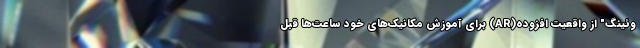
وئینگ" از واقعیت افزوده(AR) برای آموزش مکانیک‌های خود ساعت‌ها قبل